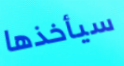
سيأخذها